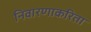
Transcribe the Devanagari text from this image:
निवारणाकरिता